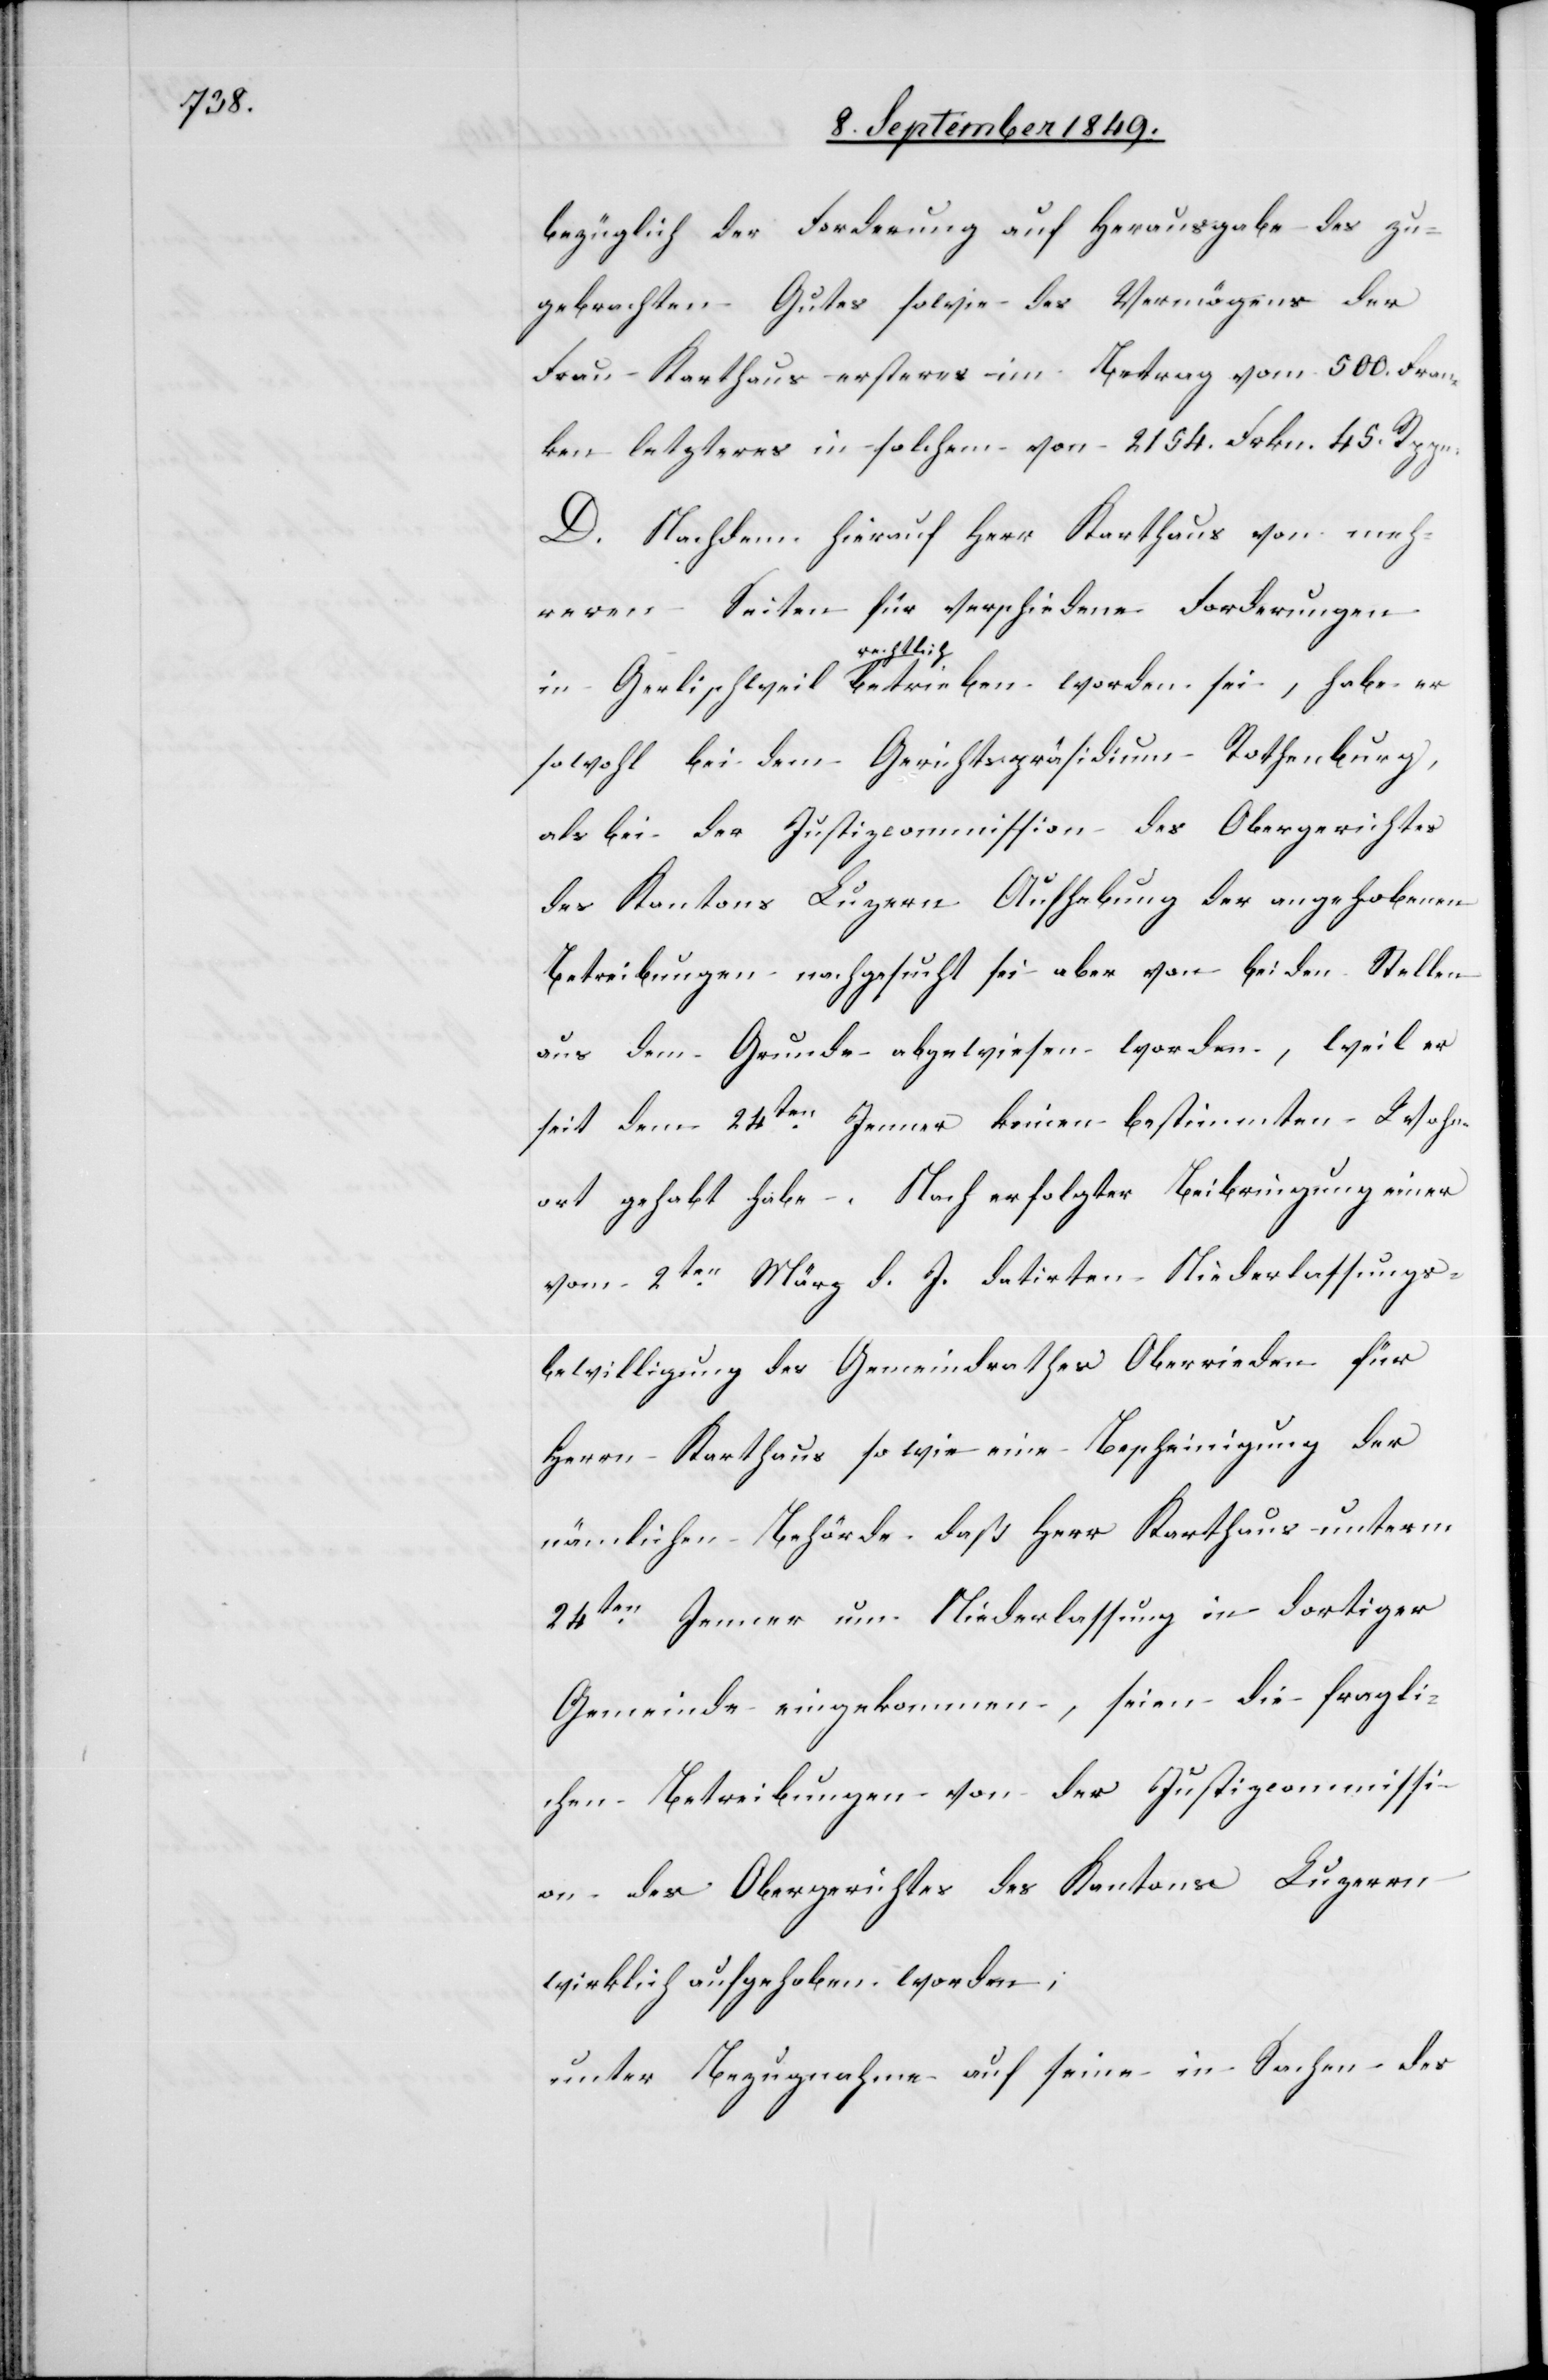
bezüglich der Forderung auf Herausgabe des zu¬
gebrachten Gutes sowie des Vermögens der
Frau Karthaus ersteres im Betrag vom [sic!] 500. Fran¬
ken letzteres in solchem von 2154. Frkn. 45. Rppn.
D. Nachdem hierauf Herr Karthaus von meh¬
reren Seiten für verschiedene Forderungen
a-rechtlich-a
sowohl bei dem Gerichtspräsidium Rothenburg,
als bei der Justizcommission des Obergerichtes
des Kantons Luzern Aufhebung der angehobenen
Betreibungen nachgesucht sei aber von beiden Stellen
aus dem Grunde abgewiesen worden, weil er
seit dem 24ten Jenner keinen bestimmten Wohn¬
ort gehabt habe. Nach erfolgter Beibringung einer
vom 2ten März d. J. datirten Niederlassungs¬
bewilligung des Gemeindrathes Oberrieden für
Herrn Karthaus sowie eine Bescheinigung der
nämlichen Behörde daß Herr Karthaus unterm
24ten Jenner um Niederlassung in dortiger
Gemeinde eingekommen, seien die fragli¬
chen Betreibungen von der Justizcommissi¬
on des Obergerichtes des Kantons Luzern
wirklich aufgehoben worden;
unter Bezugnahme auf seine in Sachen des